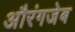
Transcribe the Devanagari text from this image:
अौरंगजेब